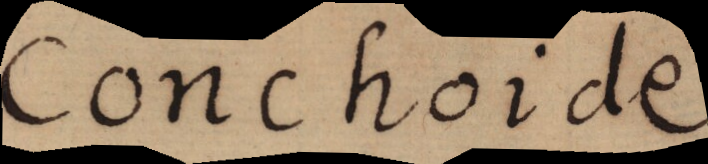
Conchoide